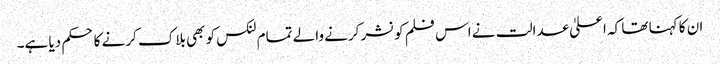
ان کا کہنا تھا کہ اعلیٰ عدالت نے اس فلم کو نشر کرنے والے تمام لنکس کو بھی بلاک کرنے کا حکم دیا ہے۔